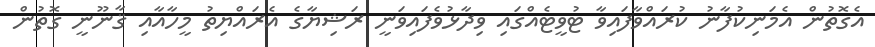
އެގޮތުން އެމަނިކުފާނު ކުރައްވާފައިވާ ޓުވީޓެއްގައި ވިދާޅުވެފައިވަނީ ރަޝިޔާގެ އެރައްޔިތު މީހާއާއި ޤާނޫނީ ގޮތުން